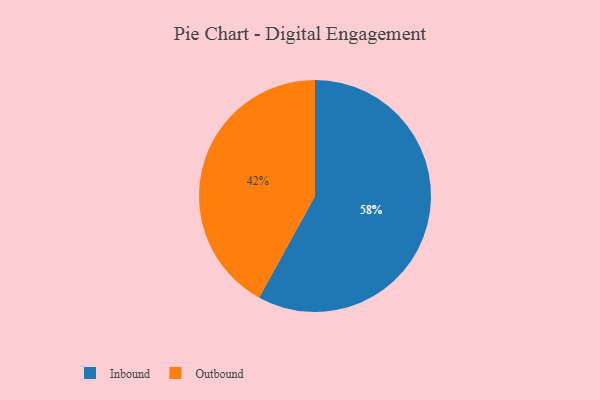
{"axis": {"x": "Category", "y": "Percentage"}, "legend": ["Inbound", "Outbound"], "data": [{"x": "Inbound", "y": 58, "type": "Inbound"}, {"x": "Outbound", "y": 42, "type": "Outbound"}]}